Mediterranean fever in India - Number 22
Disease focus: Fever
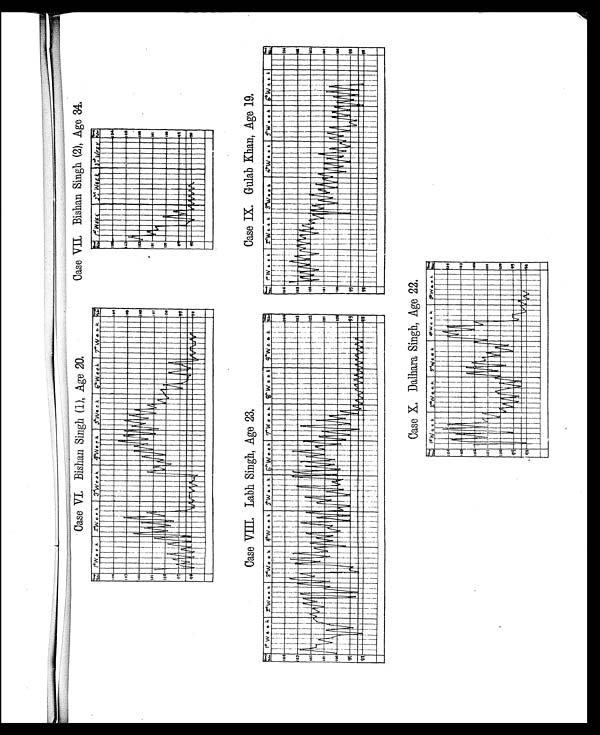
Case VIII. Labh Singh, Age 23.
Case IX, Gulab Khan, Age 19.
Case VI. Bishan Singh (1), Age 20.
Case VII, Bishan Singh (2), Age 34.
Case X. Dalhara Singh, Age 22.